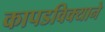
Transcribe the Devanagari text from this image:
कापडविक्याने